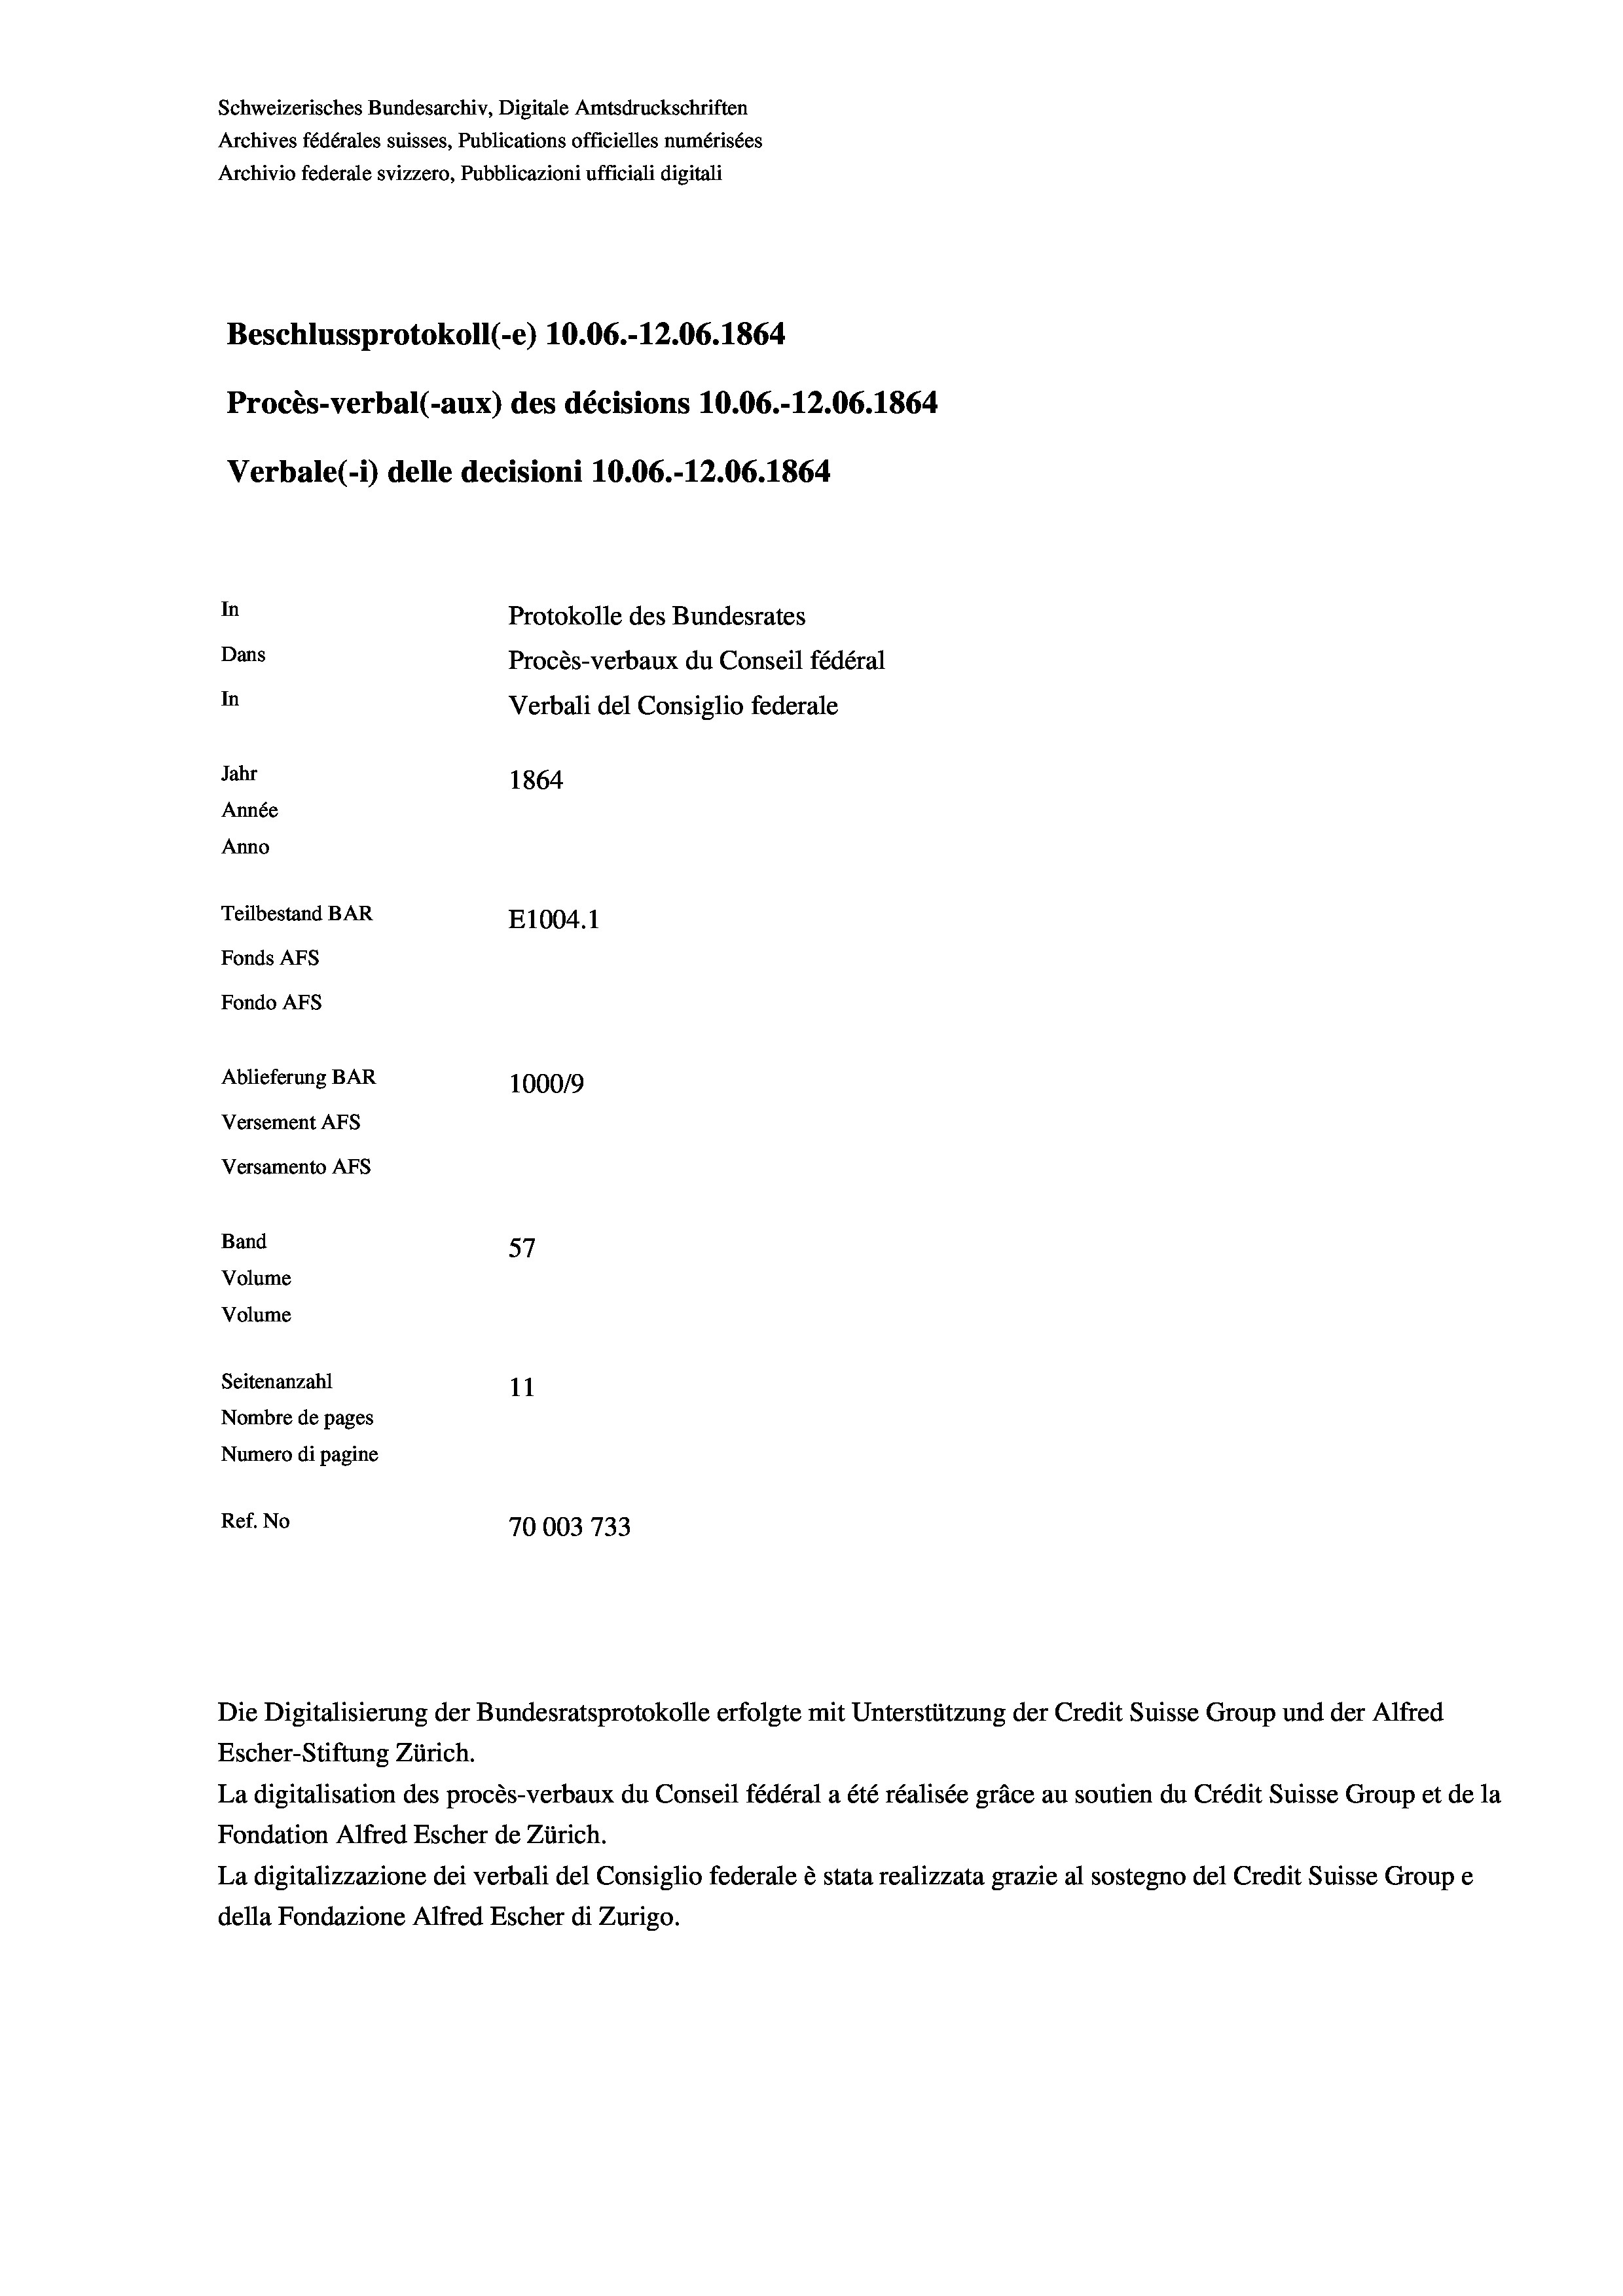
Schweizerisches Bundesarchiv, Digitale Amtsdruckschriften
Archives fédérales suisses, Publications officielles numérisées
Archivio federale svizzero, Pubblicazioni ufficiali digitali
Beschlussprotokoll (-e) 10.06.-12.06. 1864
Procès-verbal (-aux) des décisions 10.06.-12.06. 1864
Verbale (i) delle decisioni 10.06.-12.06. 1864
In
Protokolle des Bundesrates
Dans
Procès-verbaux du Conseil fédéral
In
Verbali del Consiglio federale
Jahr
1864
Année
Anno
Teilbestand BAR
E1004.1
Fonds AFs
Fondo AFS
Ablieferung BAR
100019
Versement AFs
Versamento Afs
f
Band

Volume
Volume
Seitenanzahl

57
11
Nombre de pages
Numero di pagine
Ref. No
70003 733

Escher-Stiftung Zürich.
La digitalisation des procès-verbaux du Conseil fédéral a été réalisée gräce au soutien du Crédit Suisse Group et de la
Fondation Alfred Escher de Zürich.
La digitalizzazione dei verbali del Consiglio federale è stata realizzata grazie al sostegno del Credit Suisse Groupe
della Fondazione Alfred Escher di Zurigo.

Die Digitalisierung der Bundesratsprotokolle erfolgte mit Unterstützung der Credit Suisse Group und der Alfred